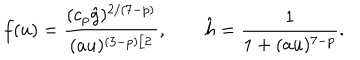
f ( u ) = \frac { ( c _ { p } \hat { g } ) ^ { 2 / ( 7 - p ) } } { ( a u ) ^ { ( 3 - p ) / 2 } } , \qquad \hat { h } = \frac { 1 } { 1 + ( a u ) ^ { 7 - p } } .